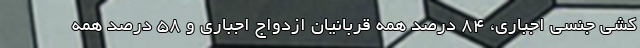
کشی جنسی اجباری، ۸۴ درصد همه قربانیان ازدواج اجباری و ۵۸ درصد همه